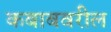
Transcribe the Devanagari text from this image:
कबाबवरील